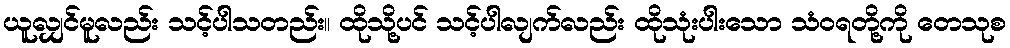
ယူလျှင်မူလည်း သင့်ပါသတည်း။ ထိုသို့ပင် သင့်ပါလျက်လည်း ထိုသုံးပါးသော သံဝရတို့ကို တေသုစ